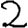
Digit: 2